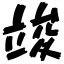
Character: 竣